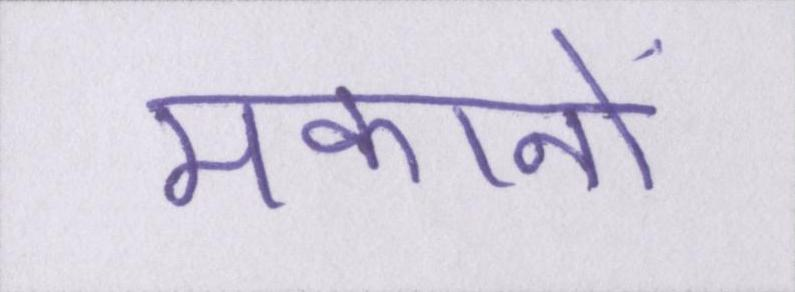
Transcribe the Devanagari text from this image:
मकानों